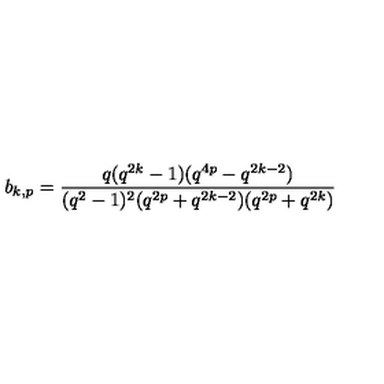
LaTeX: b _ { k , p } = \frac { q ( q ^ { 2 k } - 1 ) ( q ^ { 4 p } - q ^ { 2 k - 2 } ) } { ( q ^ { 2 } - 1 ) ^ { 2 } ( q ^ { 2 p } + q ^ { 2 k - 2 } ) ( q ^ { 2 p } + q ^ { 2 k } ) }